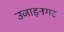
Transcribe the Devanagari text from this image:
उजाड़नगर